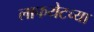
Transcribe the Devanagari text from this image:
लाफयेटच्या